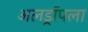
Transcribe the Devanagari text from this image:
अलड्रॉपला